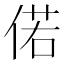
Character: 偌